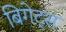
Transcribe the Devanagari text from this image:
बिगेट्स